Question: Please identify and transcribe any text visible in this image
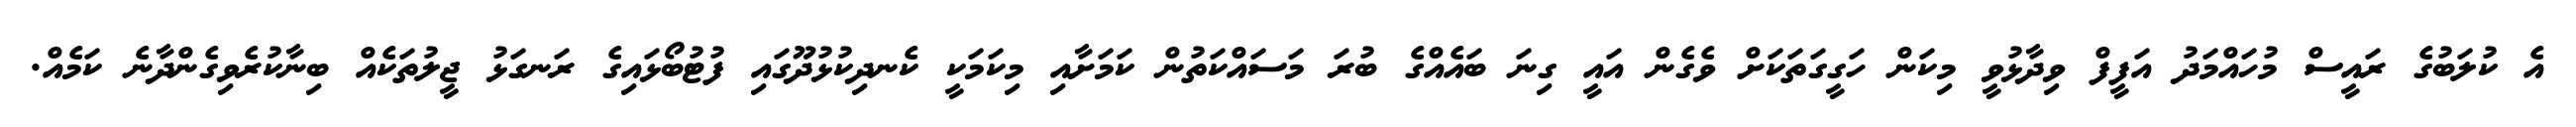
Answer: އެ ކުލަބުގެ ރައީސް މުހައްމަދު އަފީފް ވިދާޅުވީ މިކަން ހަގީގަތަކަށް ވެގެން އައީ ގިނަ ބައެއްގެ ބުރަ މަސައްކަތުން ކަމަށާއި މިކަމަކީ ކެނދިކުޅުދޫގައި ފުޓުބޯޅައިގެ ރަނގަޅު ޖީލުތަކެއް ބިނާކުރެވިގެންދާނެ ކަމެއް.